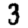
Digit: 3